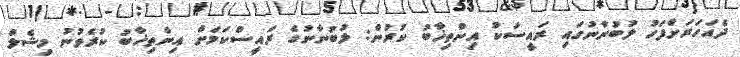
ދެއަހަރަށްފަހު ލުބުނާނުގައި ރައީސަކު އިންތިޚާބު ކުރުން: ލުބުނާނުގެ ރައީސްކަމަށް އިންތިޚާބު ކުރެވުނު މިޝެލް